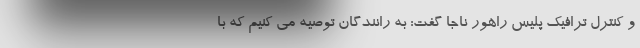
و کنترل ترافیک پلیس راهور ناجا گفت: به رانندگان توصیه می کنیم که با